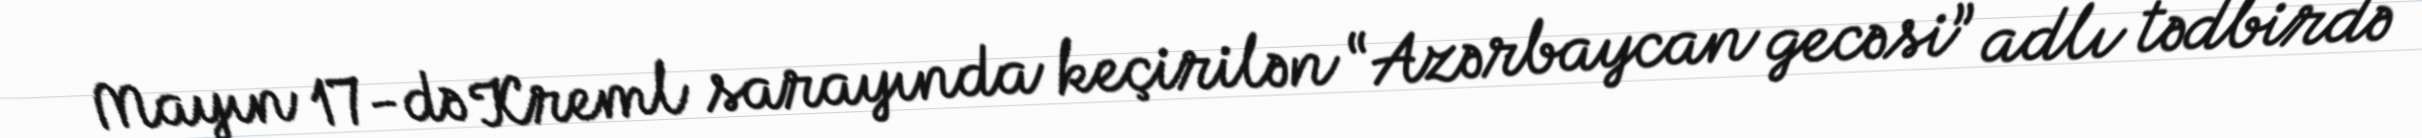
Mayın 17-də Kreml sarayında keçirilən “Azərbaycan gecəsi” adlı tədbirdə